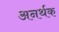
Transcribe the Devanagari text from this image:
अनर्थक